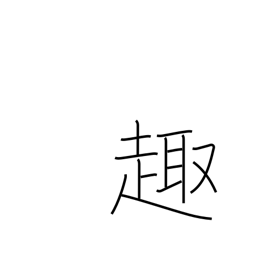
Meaning: gist